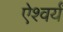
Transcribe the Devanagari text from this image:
ऐश्वर्यं